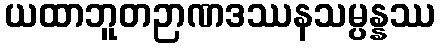
ယထာဘူတဉာဏဒဿနသမ္ပန္နဿ